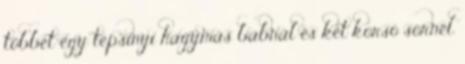
többet egy tepsinyi hagymás babnál és két korsó sörnél.